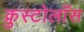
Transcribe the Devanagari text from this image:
क्रुस्टोलॉस